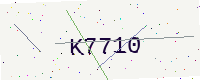
Text: K7710